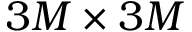
3 M \times 3 M